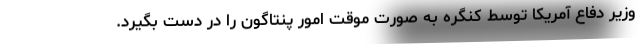
وزیر دفاع آمریکا توسط کنگره به صورت موقت امور پنتاگون را در دست بگیرد.